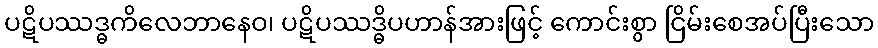
ပဋိပဿဒ္ဓကိလေဘာနေဝ၊ ပဋိပဿဒ္ဓိပဟာန်အားဖြင့် ကောင်းစွာ ငြိမ်းစေအပ်ပြီးသော